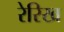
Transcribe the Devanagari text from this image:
रेरिख